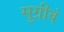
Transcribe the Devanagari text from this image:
सुग्रीवं